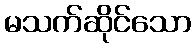
မသက်ဆိုင်သော